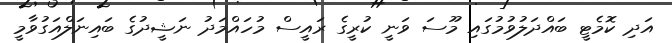
އަދި ކޮމެޓީ ބައްދަލުވުމުގައި މޫސަ ވަނީ ކުރީގެ ރައީސް މުހައްމަދު ނަޝީދުގެ ބައިނަލްއަގުވާމީ